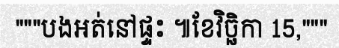
"""បងអត់នៅផ្ទះ ៕ខែវិច្ឆិកា 15,"""